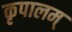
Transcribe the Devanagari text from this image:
कृपालम्